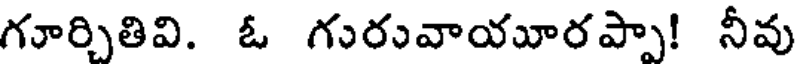
గూర్చితివి. ఓ గురువాయూరప్పా! నీవు